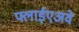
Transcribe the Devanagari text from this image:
फ्लाईएअवे